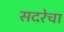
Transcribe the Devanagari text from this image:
सदरेचा